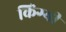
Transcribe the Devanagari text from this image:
किंग्यी